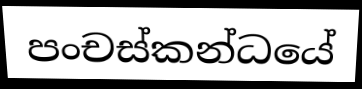
පංචස්කන්ධයේ